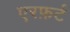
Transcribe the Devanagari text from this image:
एरफ़र्ट